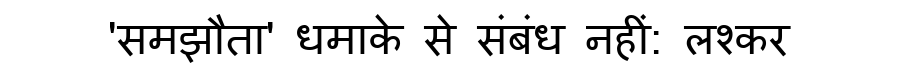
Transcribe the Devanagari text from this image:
'समझौता' धमाके से संबंध नहीं: लश्कर